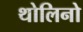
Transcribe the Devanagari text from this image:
थोलिनो